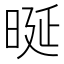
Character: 𣆴